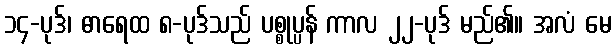
၁၄-ပုဒ်၊ ဓာရေထ ၈-ပုဒ်သည် ပစ္စုပ္ပန် ကာလ ၂၂-ပုဒ် မည်၏။ အလံ မေ